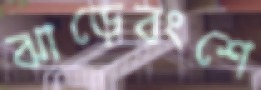
ঝাড়েবংশে